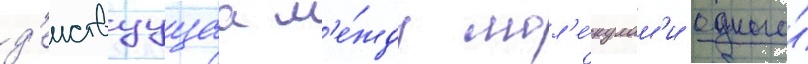
д'еиствуущаа м'е́жду мол'е́кулам'и одного́